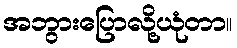
အဘွားပြောလို့ယုံတာ။